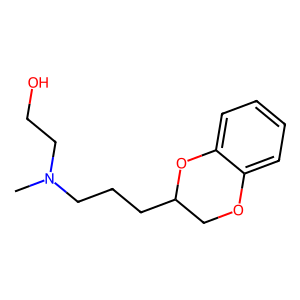
SMILES: CN(CCO)CCCC1COc2ccccc2O1
Inhibits HIV replication: No